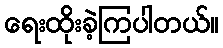
ရေးထိုးခဲ့ကြပါတယ်။